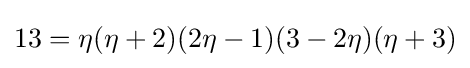
13=\eta (\eta +2)(2\eta -1)(3-2\eta )(\eta +3)